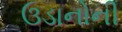
ઉડાનોની